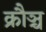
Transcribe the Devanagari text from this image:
क्रौञ्च